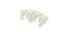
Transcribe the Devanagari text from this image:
ह्ळूह्ळू